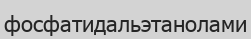
фосфатидальэтанолами